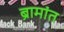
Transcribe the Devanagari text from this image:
ब्रामांत